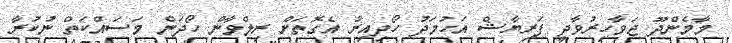
މާމެންދޫ ޖަވާހިރުވާދީ ފަރިޔާޝް އަހުމަދު ހޯދިއިރު އެގޮތަށް ރިލްވާން ހޯދަން މަސައްކަތް ނުކުރާ